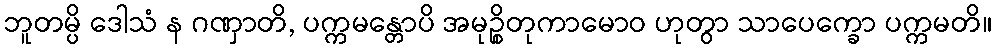
ဘူတမ္ပိ ဒေါသံ န ဂဏှာတိ, ပက္ကမန္တောပိ အမုဉ္စိတုကာမောဝ ဟုတွာ သာပေက္ခော ပက္ကမတိ။